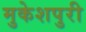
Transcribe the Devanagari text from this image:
मुकेशपुरी